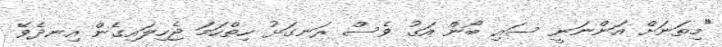
"މިތަނަށް އަންނަނީ ސައި ބޯން އަގު ވެސް ރަނގަޅު ހިތްހަމަ ޖެހިލައިގެން އިނދެވޭ